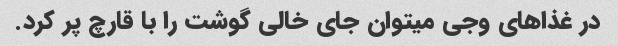
در غذاهای وجی میتوان جای خالی گوشت را با قارچ پر کرد.